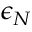
\epsilon _ { N }